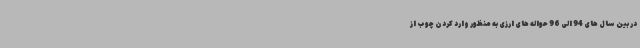
در بین سال های 94 الی 96 حواله های ارزی به منظور وارد کردن چوب از